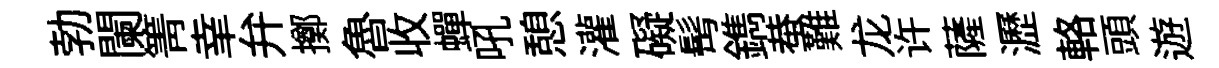
勃闌箐𦍒弁擲魯收蟬吼憩灌礙髩鐫蛬難龙许薩瀝輅頭遊